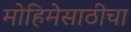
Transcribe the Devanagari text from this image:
मोहिमेसाठीचा